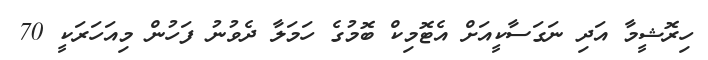
ހިރޮޝީމާ އަދި ނަގަސާކީއަށް އެޓޮމިކް ބޮމުގެ ހަމަލާ ދެވުނު ފަހުން މިއަހަރަކީ 70